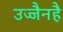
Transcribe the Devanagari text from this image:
उज्जैनहै